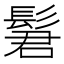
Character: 𫘿